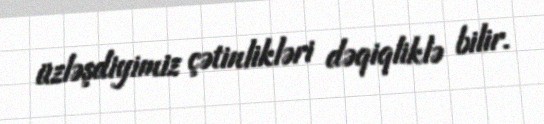
üzləşdiyimiz çətinlikləri dəqiqliklə bilir.